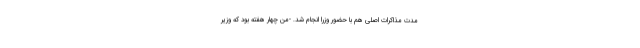
مدت مذاکرات اصلی هم با حضور وزرا انجام شد. -من چهار هفته بود که وزیر